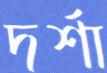
দর্শা